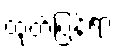
ထုတ်ပြန်ရာ